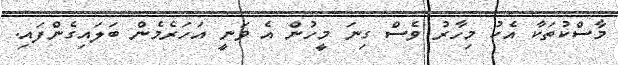
މާސްކުތަކާ އެކު މިހާރު ވެސް ގިނަ މީހުން އެ ވަނީ އަހަރެމެން ބަލައިގެންފައި.